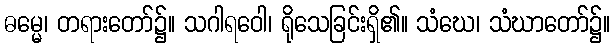
ဓမ္မေ၊ တရားတော်၌။ သဂါရဝေါ၊ ရိုသေခြင်းရှိ၏။ သံဃေ၊ သံဃာတော်၌။